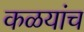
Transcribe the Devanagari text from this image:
कळयांच